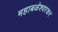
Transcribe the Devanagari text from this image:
महाबळेश्वरकर